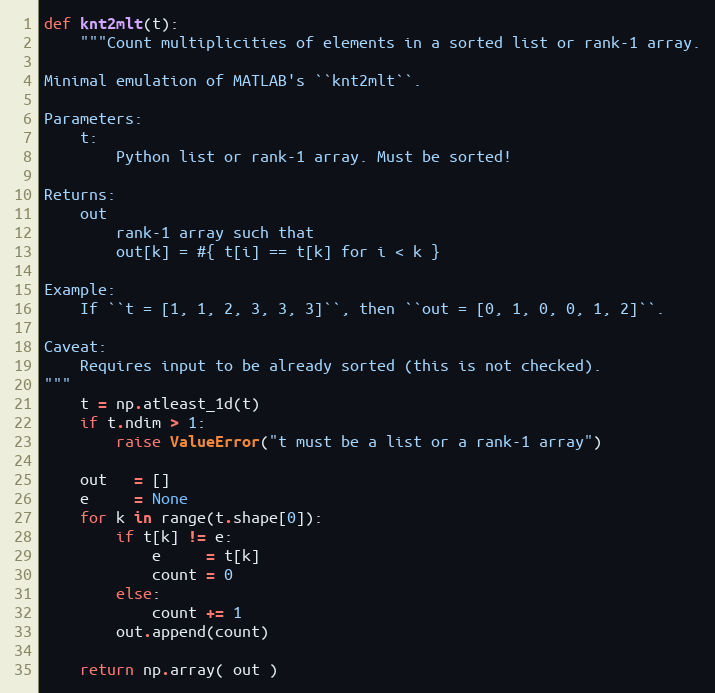
Language: Python
def knt2mlt(t):
    """Count multiplicities of elements in a sorted list or rank-1 array.

Minimal emulation of MATLAB's ``knt2mlt``.

Parameters:
    t:
        Python list or rank-1 array. Must be sorted!

Returns:
    out
        rank-1 array such that
        out[k] = #{ t[i] == t[k] for i < k }

Example:
    If ``t = [1, 1, 2, 3, 3, 3]``, then ``out = [0, 1, 0, 0, 1, 2]``.

Caveat:
    Requires input to be already sorted (this is not checked).
"""
    t = np.atleast_1d(t)
    if t.ndim > 1:
        raise ValueError("t must be a list or a rank-1 array")

    out   = []
    e     = None
    for k in range(t.shape[0]):
        if t[k] != e:
            e     = t[k]
            count = 0
        else:
            count += 1
        out.append(count)

    return np.array( out )